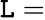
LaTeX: \mathtt{L}=